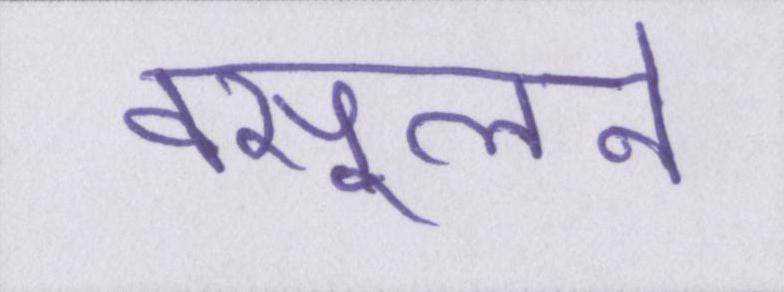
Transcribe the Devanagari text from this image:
वसूलने